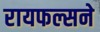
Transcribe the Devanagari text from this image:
रायफल्सने